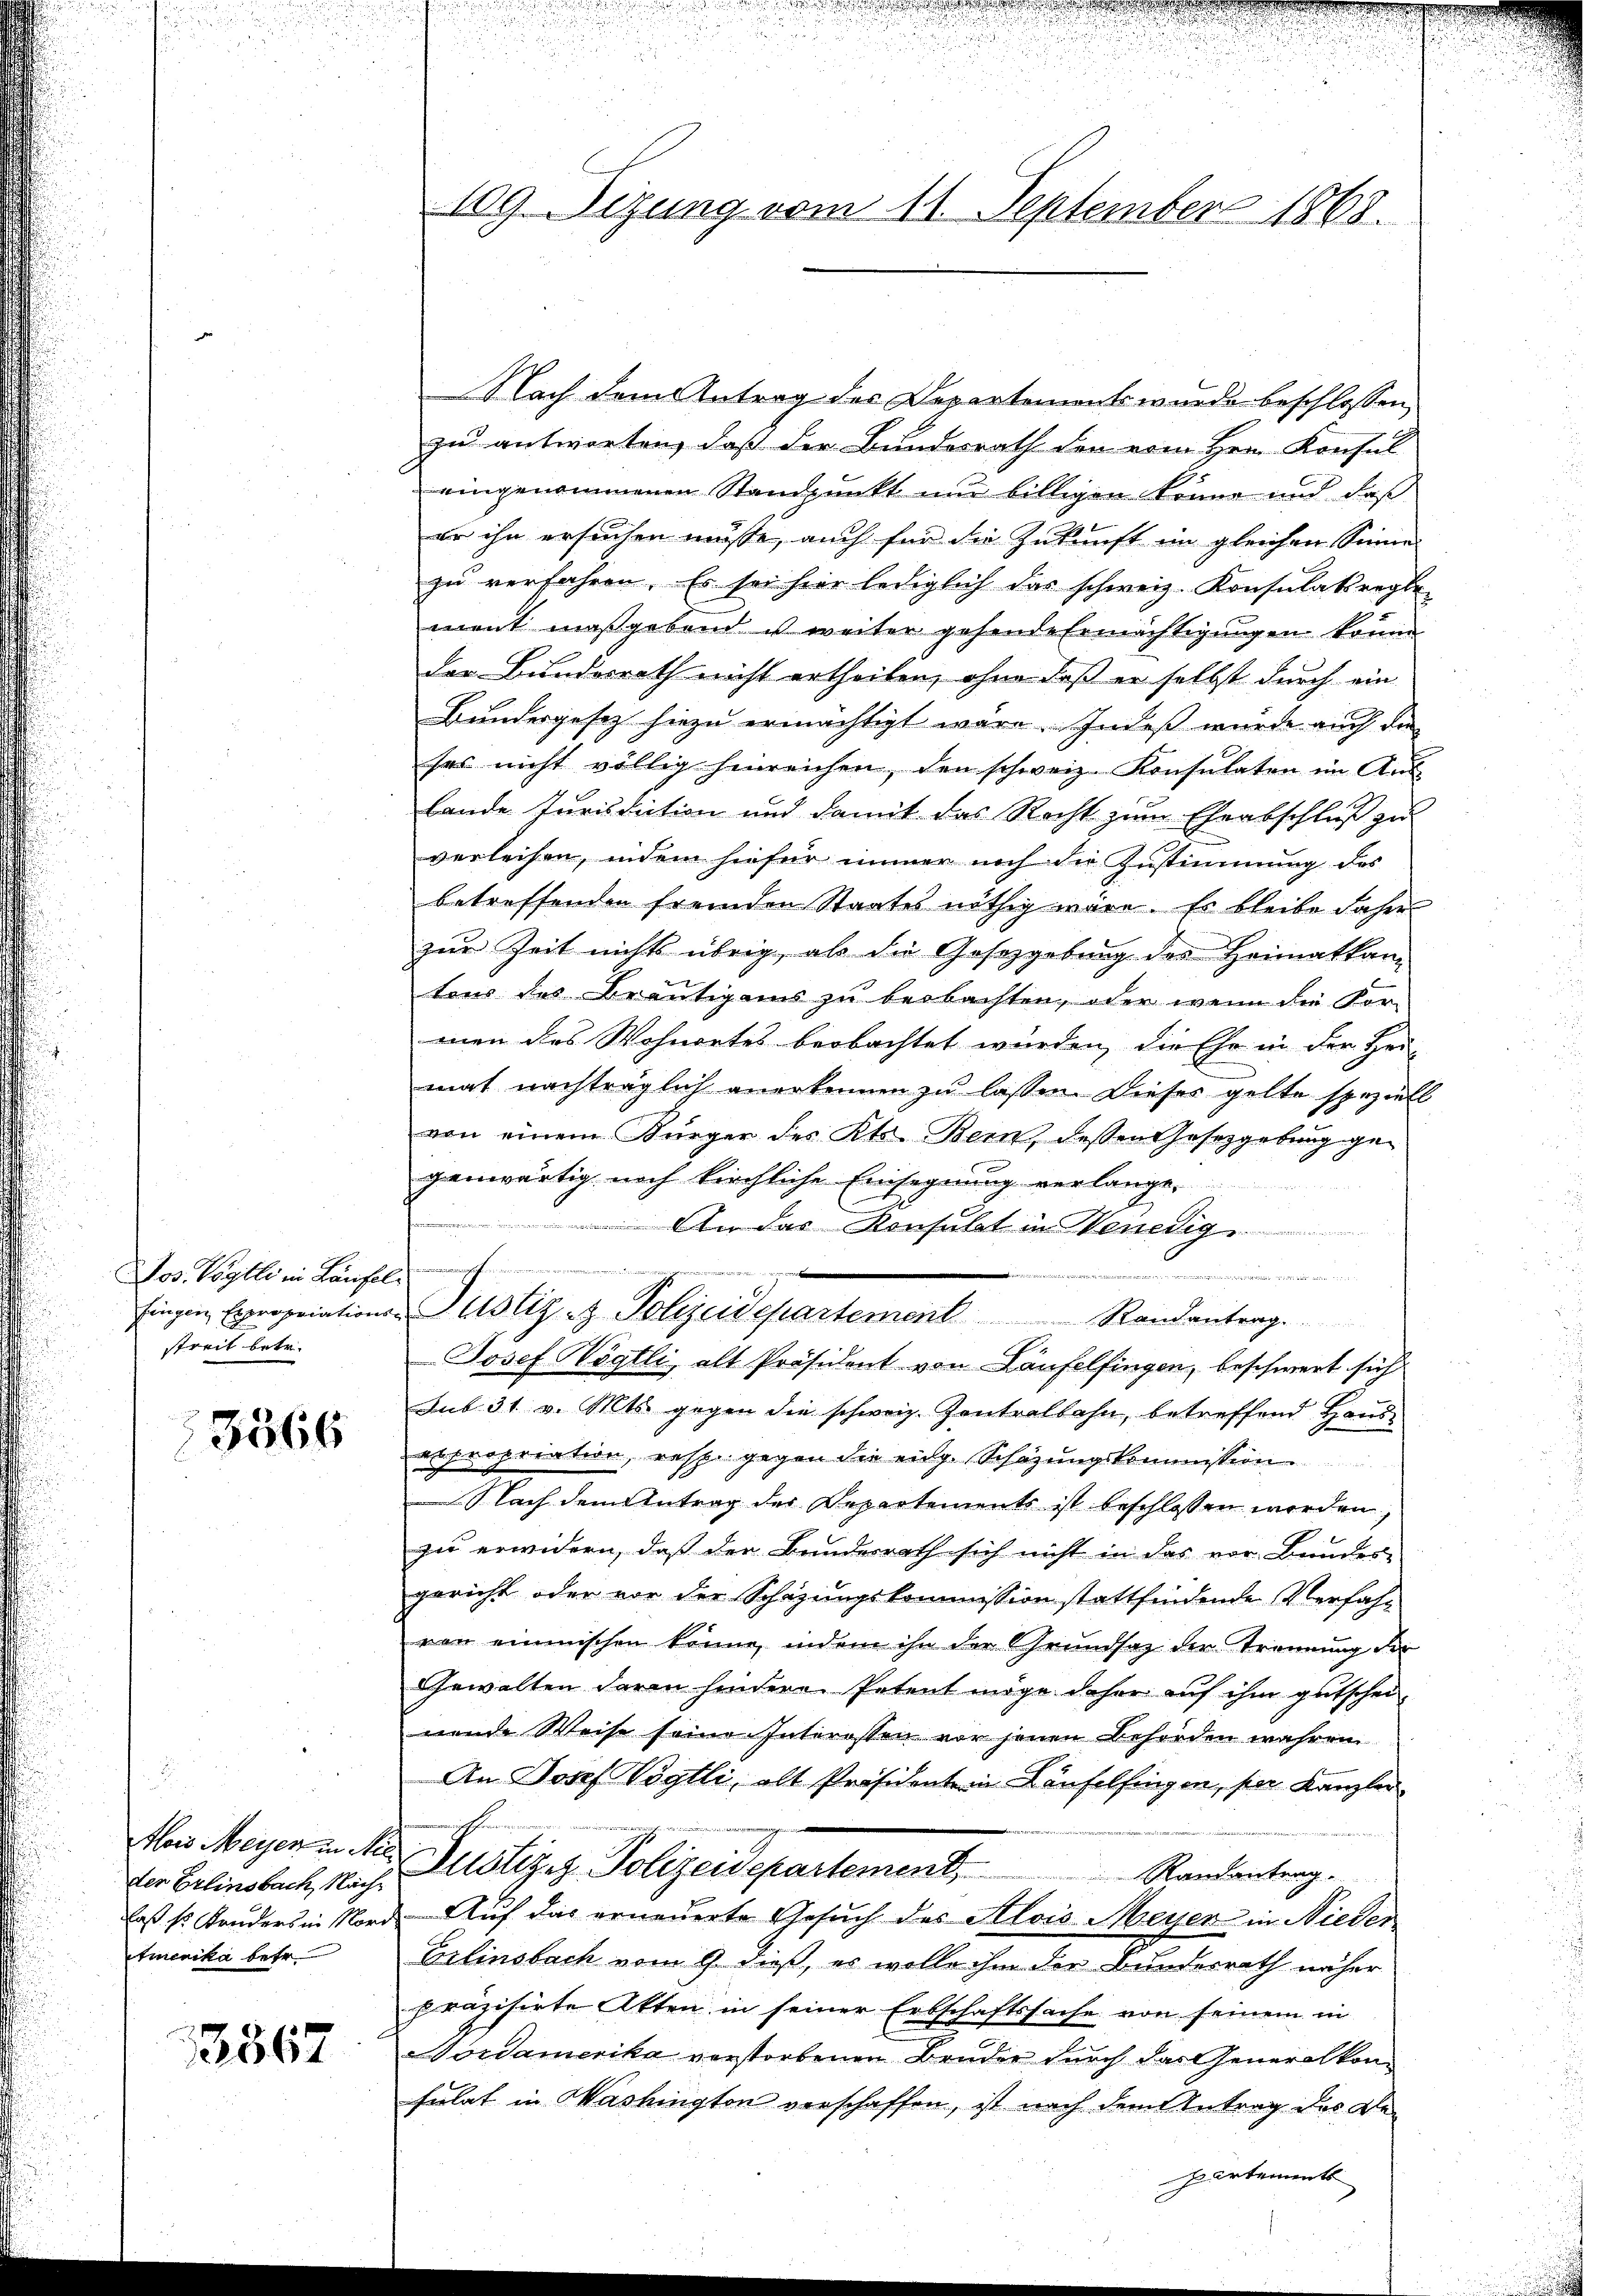
Jos. Vogtli in Laufel
fingen Expropriation
streit betr.

3566

flois Meyer in Ar
der Erlinsbach, Nach
laß so konders in Nor
tmerika betr

12867

109. Sizung vom 11. September 1863.

Nach dem Antrag des Departements wurde beschlossen,
zu antworten, dass der Bundesrath den von Hrn. Konsul
eingenommenen Standpunkt nur billigen könne und daß
er ihn ersuchen müsse, auch für die Zukunft im gleichen Sinne
zu verfahren. Es sei hier lediglich das schweiz. Konsulatsregle
1
ment maßgebend ist weiter gehende Ermächtigungen könne
der Bundesrath nicht ertheilen, ohne daß er selbst durch ein
Bundesgesetz hiezu ermächtigt wäre. Indeß wurde auch die
ses nicht völlig hinreichen, den schweiz. Konsulaten im Aus-
bande Jurisdiction und damit das Recht zum Eheabschluß zu
verleisen, indem hiefür immer noch die Zustimmung des
betreffenden fremden Staates nöthig wäre. Es bleibe daher
zur Zeit nichts übrig, als die Gesetzgebung der Heimatkanz
tous des Bräutigams zu beobachten, oder wenn die Kor-
men das Wohnortes beobachtet werden, die Ehe in der Hei-
mat nachträglich anerkennen zu lassen. Dieser gelte speziell
von einem Bürger des Kts. Bern, dessen Gesetzgebung gegenwärtig noch kirchliche Einsegnung verlange.
An das Konsulat in Venedig
h
Justiz- & Polizeidepartement              Randantrag.
Josef Vögtli, alt Präsident von Laufelfingen, beschwert sich
sub 31. v. Mts. gegen die schweiz. Zentralbahn, betreffend Haus
expropriation, resp. gegen die eng. Schazungskommission
Nach dem Antrag des Departements ist beschlossen werden,
zu erwidern, daß der Bunderrath sich nicht in das vor Bundes-
gericht oder vor der Schazungskommission stattfindende Verfahr
van einmischen könne, indem ihn der Grundsatz der Trennung der
Gewalten davon hindere Petent möge daher auf ihm gutscheiwende Weise seine Interessen vor jenen Behörden wahren
An Josef Vögtli, alt Präsidente in Käufelfingen, ser Kanzler
Justiges Polizeidepartement.
Randantrag.
Auf das erneuerte Gesuch des Alois Messer im Nieder
Erlinsbach vom 9. dieß, es wolle ihm der Bundesrath näher
präzisirte Akten in seiner Erbschaftssache von seinem in
Nordamerika verstorbenen Bruder durch das Generalkon¬
Fulat in Washington verschaffen, ist nach dem Antrag des Bepartements